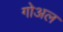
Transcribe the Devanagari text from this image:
गोअल